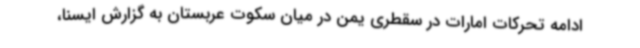
ادامه تحرکات امارات در سقطری یمن در میان سکوت عربستان به گزارش ایسنا،